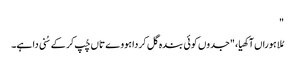
"
مُلا ہوراں آکھیا، "جدوں کوئی بندہ گل کردا ہووے تاں چُپ کر کے سُنی دا ہے۔